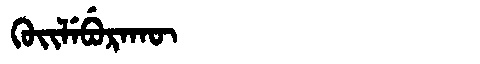
Manchu: ᡴᡠᡳᠯᡝᠪᡠᡵᠠᡴᡡ
Romanization: KUILEBURAKŪ